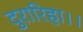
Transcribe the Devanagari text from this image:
दुरारिहा।।